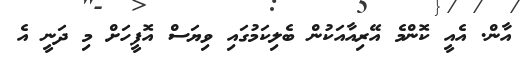
އާން. އެއީ ކޮންމެ އޭރިއާއަކުން ބެލިކަމުގައި ވިޔަސް އޮފީހަށް މި ދަނީ އެ